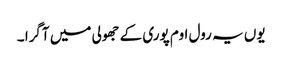
یوں یہ رول اوم پوری کے جھولی میں آگرا ۔